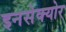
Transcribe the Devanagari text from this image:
इनसेक्योर